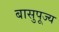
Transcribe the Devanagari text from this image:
बासुपूज्य